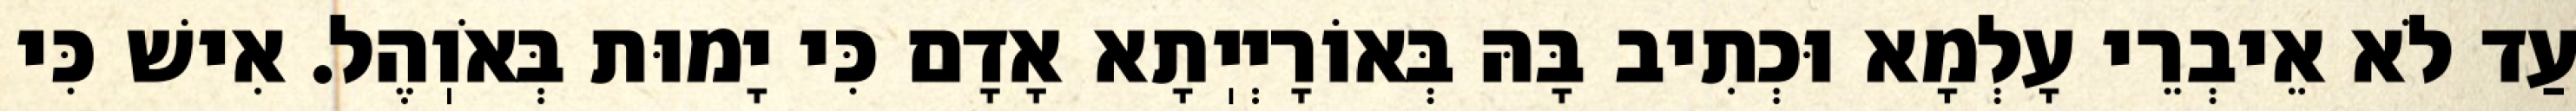
עַד לֹא אֵיבְרֵי עָלְמָא וּכְתִיב בָּהּ בְּאוֹרָיְיֽתָא אָדָם כִּי יָמוּת בְּאֹוֽהֶל. אִישׁ כִּי